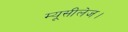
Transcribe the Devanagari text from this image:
म्यूसीलेज।